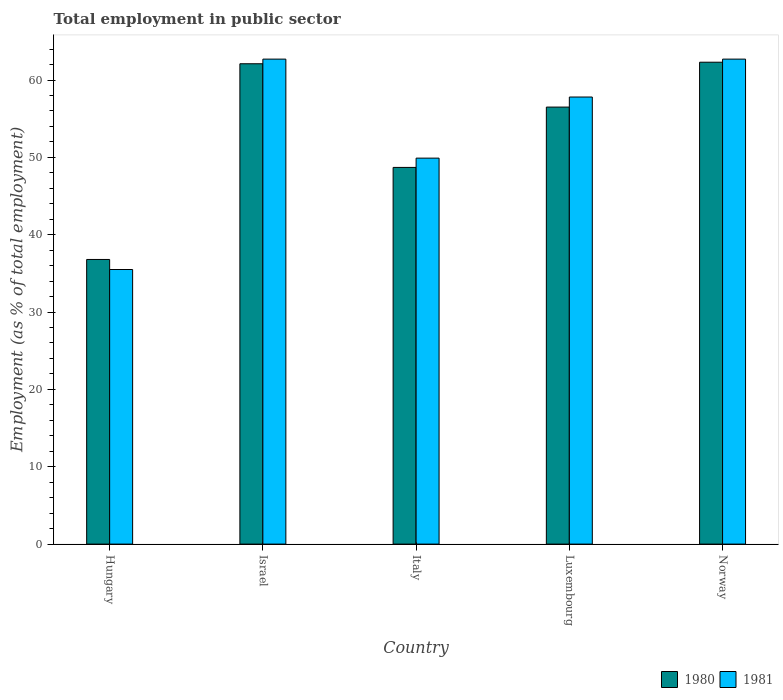
| Country | 1980 | 1981 |
 | --- | --- | --- |
 | Hungary | 36.8 | 35.5 |
 | Israel | 62.1 | 62.7 |
 | Italy | 48.7 | 49.9 |
 | Luxembourg | 56.5 | 57.8 |
 | Norway | 62.3 | 62.7 |